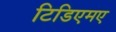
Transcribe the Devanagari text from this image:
टिडिएमए